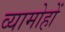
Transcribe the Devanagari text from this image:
व्यामोहों